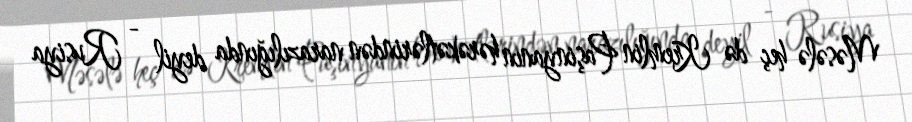
Məsələ heç də Kremlin Paşinyanın hərəkətlərindən narazılığında deyil - Rusiya